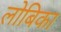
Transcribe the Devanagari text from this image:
लोबिका